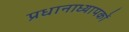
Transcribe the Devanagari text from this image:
प्रधानाध्यापकों